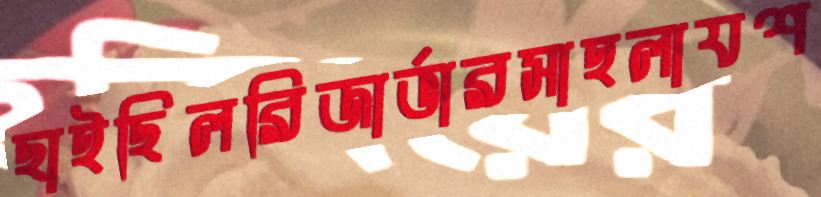
ছাইছিলরিজার্ভারসাহলাযশ